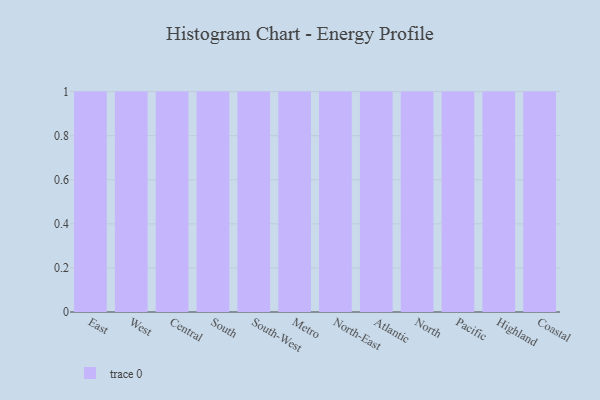
{"axis": {"x": "Region", "y": "Shipments"}, "legend": [""], "data": [{"x": "East", "y": 28, "type": ""}, {"x": "West", "y": 31, "type": ""}, {"x": "Central", "y": 40, "type": ""}, {"x": "South", "y": 58, "type": ""}, {"x": "South-West", "y": 24, "type": ""}, {"x": "Metro", "y": 8, "type": ""}, {"x": "North-East", "y": 83, "type": ""}, {"x": "Atlantic", "y": 4, "type": ""}, {"x": "North", "y": 90, "type": ""}, {"x": "Pacific", "y": 87, "type": ""}, {"x": "Highland", "y": 29, "type": ""}, {"x": "Coastal", "y": 13, "type": ""}]}